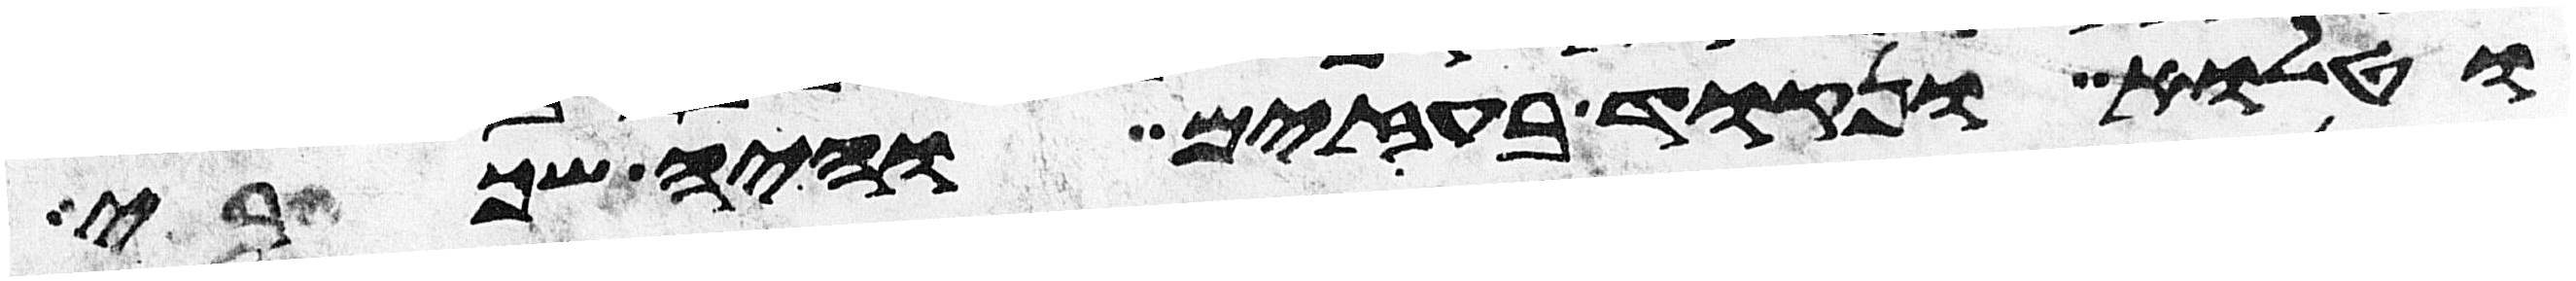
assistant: וטלוא ונקוד בעזים והיה שכרי